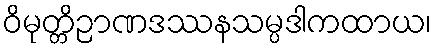
ဝိမုတ္တိဉာဏဒဿနသမ္ပဒါကထာယ၊